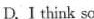
D.I think so